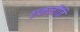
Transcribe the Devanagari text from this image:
एकलौति